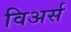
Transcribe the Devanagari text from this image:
विअर्स